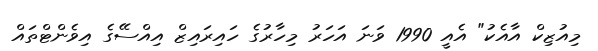
މިއުޒިކް އާއެކު" އެއީ 1990 ވަނަ އަހަރު މިހާރުގެ ހައިރައިޒް އިއްސޭގެ އިވެންޓްތައް